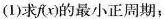
(1)求f(x)的最小正周期；